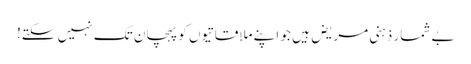
بے شمار ذہنی مریض ہیں جو اپنے ملاقاتیوں کو پہچان تک نہیں سکتے!